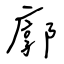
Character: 廓